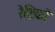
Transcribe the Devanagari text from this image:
रेशिको